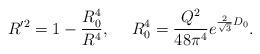
LaTeX: \begin{align*}R^{\prime 2} = 1 - {R_0^4 \over R^4},~~~~ R_0^4= { Q^2 \over 48 \pi^4} e^{ {2 \over \sqrt 3} D_0}.\end{align*}